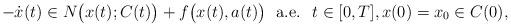
LaTeX: \begin{align*}-\dot x(t)\in N\big(x(t);C(t)\big)+f\big(x(t),a(t)\big)\;\mbox{ a.e. }\;t\in[0,T],x(0)=x_{0}\in C(0),\end{align*}